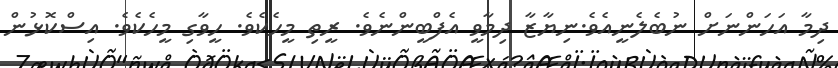
ދިމާ އަހަންނަށް ނުބެލެނީއެވެ.ނިޔާޒާ ދިމާވީ އެފްބީންނެވެ. ރީތި މީހެކެވެ. ހީވާގި މީހެކެވެ. އިސްކޮޅުން